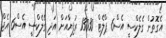
އެގޮތުން ގެލެކްސީ އެސް6 ޕްލެޓް 13030 ރުފިޔާއަށް އަދި ގެލެކްސީ އެސް6 އެޖް